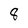
Character: 8